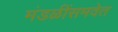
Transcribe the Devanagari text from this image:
मंडळींसमवेत